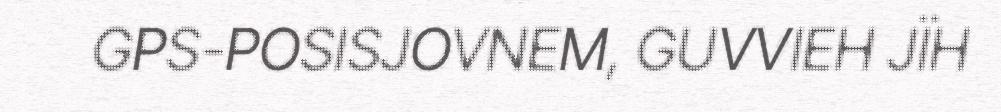
GPS-POSISJOVNEM, GUVVIEH JÏH